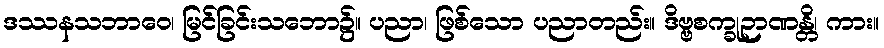
ဒဿနသဘာဝေ၊ မြင်ခြင်းသဘော၌။ ပညာ၊ ဖြစ်သော ပညာတည်း။ ဒိဗ္ဗစက္ခုဉာဏန္တိ၊ ကား။